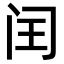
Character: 闰